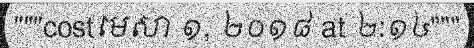
"""costមេសា ១, ២០១៨ at ២:១៤"""